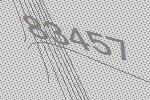
83457